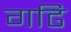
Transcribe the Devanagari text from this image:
गढि